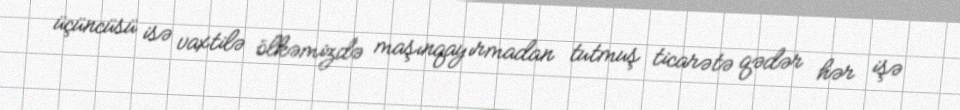
üçüncüsü isə vaxtilə ölkəmizdə maşınqayırmadan tutmuş ticarətə qədər hər işə